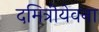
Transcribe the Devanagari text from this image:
दमित्रीयेवना